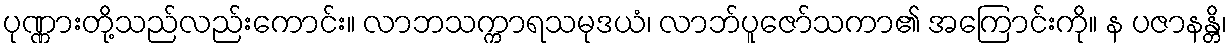
ပုဏ္ဏားတို့သည်လည်းကောင်း။ လာဘသက္ကာရသမုဒယံ၊ လာဘ်ပူဇော်သကာ၏ အကြောင်းကို။ န ပဇာနန္တိ၊